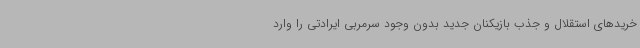
خریدهای استقلال و جذب بازیکنان جدید بدون وجود سرمربی ایرادتی را وارد